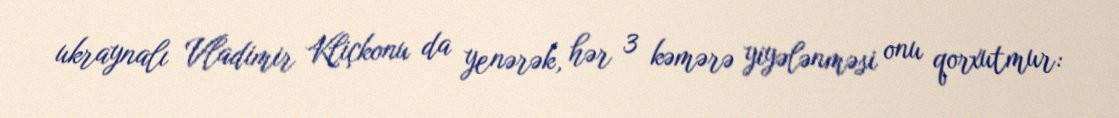
ukraynalı Vladimir Kliçkonu da yenərək, hər 3 kəmərə yiyələnməsi onu qorxutmur: